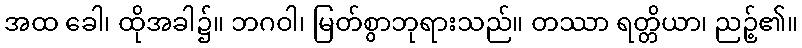
အထ ခေါ၊ ထိုအခါ၌။ ဘဂဝါ၊ မြတ်စွာဘုရားသည်။ တဿာ ရတ္တိယာ၊ ညဉ့်၏။